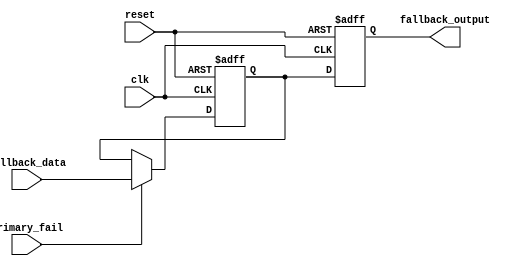
module Fallback_Bypass_Register (
    input wire clk,
    input wire reset,
    input wire primary_fail,
    input wire[7:0] fallback_data,
    output reg[7:0] fallback_output
);

reg[7:0] primary_data;

always @(posedge clk or posedge reset) begin
    if (reset) begin
        primary_data <= 8'b0;
    end else if (primary_fail) begin
        primary_data <= fallback_data;
    end else begin
        primary_data <= primary_data;
    end
end

always @(posedge clk or posedge reset) begin
    if (reset) begin
        fallback_output <= 8'b0;
    end else begin
        fallback_output <= primary_data;
    end
end

endmodule